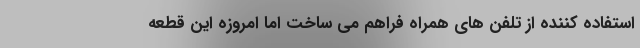
استفاده کننده از تلفن های همراه فراهم می ساخت اما امروزه این قطعه